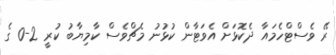
ރޭ ވެސްޓްހެމައާ ދެކޮޅަށް އެވަޓާން ކުޅުނު މެޗްވެސް ކާމިޔާބު ކުރީ 2-0 ގެ